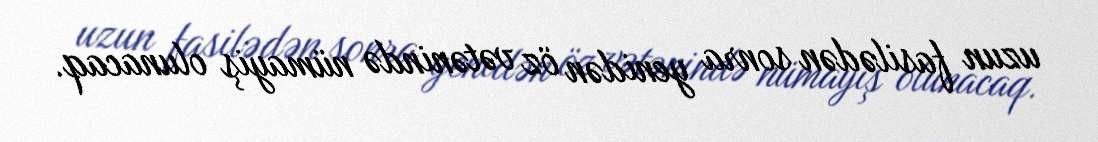
uzun fasilədən sonra yenidən öz vətənində nümayiş olunacaq.